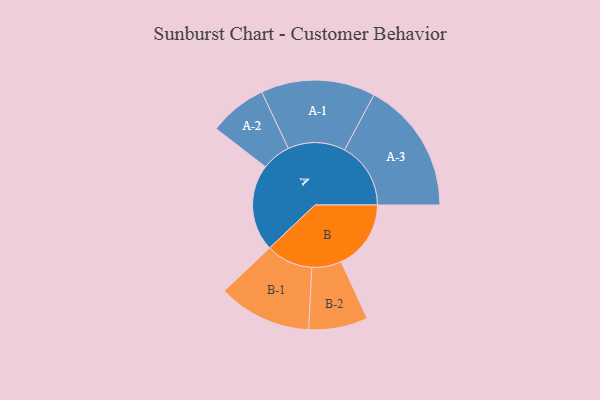
{"axis": {"x": "Segment", "y": "Value"}, "legend": ["", "A", "B"], "data": [{"x": "A", "y": 308, "type": ""}, {"x": "B", "y": 248, "type": ""}, {"x": "A-1", "y": 203, "type": "A"}, {"x": "A-2", "y": 103, "type": "A"}, {"x": "A-3", "y": 235, "type": "A"}, {"x": "B-1", "y": 166, "type": "B"}, {"x": "B-2", "y": 105, "type": "B"}]}